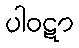
ပါဝဋာ